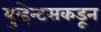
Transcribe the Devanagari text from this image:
युव्हेन्टसकडून